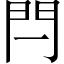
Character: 閂